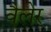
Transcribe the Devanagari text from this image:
वैलेर